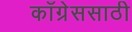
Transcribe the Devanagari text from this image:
काँग्रेससाठी